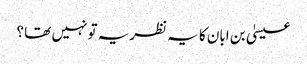
عیسیٰ بن ابان کا یہ نظریہ تو نہیں تھا ؟